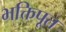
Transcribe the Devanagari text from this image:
भक्तिपूत